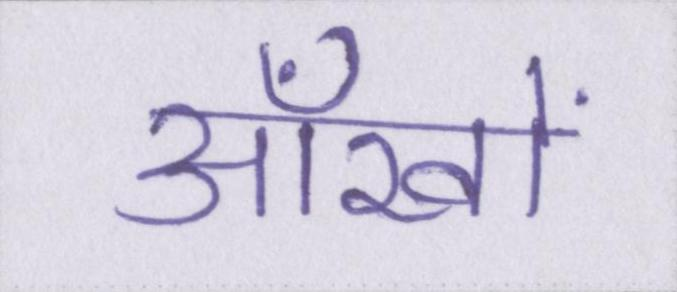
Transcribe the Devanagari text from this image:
आँखों